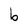
Character: b